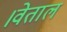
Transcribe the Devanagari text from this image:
।वेताल